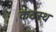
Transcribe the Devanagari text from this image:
कंठस्‍थ